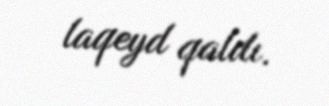
laqeyd qaldı.